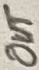
Text: Out